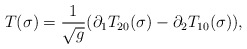
\begin{align*}T(\sigma)=\frac{1}{\sqrt{g}}(\partial_1T_{20}(\sigma) - \partial_2T_{10}(\sigma)),\end{align*}